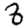
Digit: 8